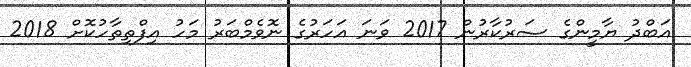
އަބްދު ޔާމީންގެ ސަރުކާރުން 2017 ވަނަ އަހަރުގެ ނޮވެމްބަރު މަހު އިފްތިތާހުކޮށް 2018